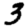
Digit: 3